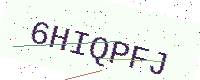
Text: 6HIQPFJ